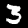
Digit: 3